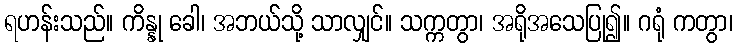
ရဟန်းသည်။ ကိန္နု ခေါ၊ အဘယ်သို့ သာလျှင်။ သက္ကတွာ၊ အရိုအသေပြု၍။ ဂရုံ ကတွာ၊